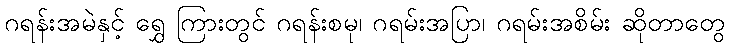
ဂရန်းအမဲနှင့် ရွှေ ကြားတွင် ဂရန်းစမု၊ ဂရမ်းအပြာ၊ ဂရမ်းအစိမ်း ဆိုတာတွေ